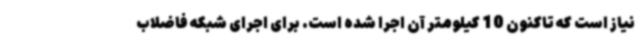
نیاز است که تاکنون 10 کیلومتر آن اجرا شده است. برای اجرای شبکه فاضلاب